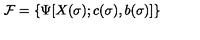
{ \cal F } = \{ \Psi [ X ( \sigma ) ; c ( \sigma ) , b ( \sigma ) ] \}